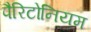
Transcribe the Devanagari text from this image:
पैरिटोनियम